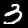
Digit: 3